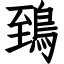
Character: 鵄